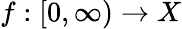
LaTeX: f:[0,\infty)\to X